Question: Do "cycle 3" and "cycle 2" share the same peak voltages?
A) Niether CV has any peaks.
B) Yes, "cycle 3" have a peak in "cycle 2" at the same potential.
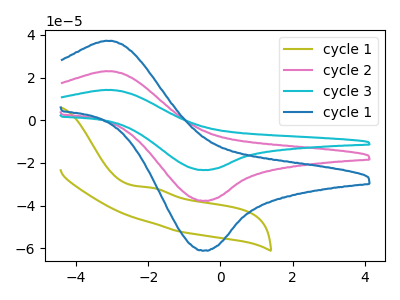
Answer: <think>The olive curve "cycle 1" has an anodic peak at: (-1.90V, -31.60uA). The pink curve "cycle 2" has an anodic peak at (-3.10V, 22.95uA) and a cathodic peak at (-0.45V, -37.70uA). The cyan curve "cycle 3" has an anodic peak at (-3.10V, 45.95uA) and a cathodic peak at (-0.45V, -75.40uA). The blue curve "cycle 1" has an anodic peak at (-3.10V, 37.15uA) and a cathodic peak at (-0.45V, -61.00uA).</think>
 <answer>B) Yes, "cycle 3" have a peak in "cycle 2" at the same potential.</answer>
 <eval>B</eval>